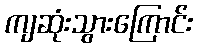
ကျဆုံးသွားကြောင်း